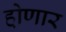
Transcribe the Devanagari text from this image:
हो़णार